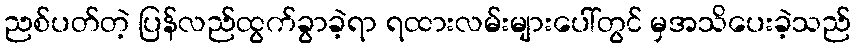
ညစ်ပတ်တဲ့ ပြန်လည်ထွက်ခွာခဲ့ရာ ရထားလမ်းများပေါ်တွင် မှအသိပေးခဲ့သည်